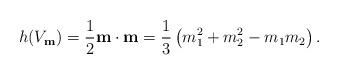
LaTeX: \begin{align*} h(V_{\bf m})={1\over2}{\bf m}\cdot{\bf m}={1\over3}\left(m_1^2+m_2^2-m_1m_2\right) .\end{align*}